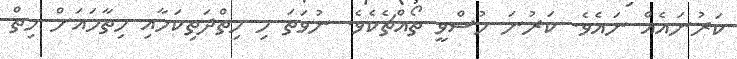
ކަރުނައެއް ނައެވެ. ކަރުނަ ހުސްވީ ތޯއްޗެކެވެ. ނުވަތަ މި ހިތްދަތިކަމާއި ހިތާމައަށް ހިތް